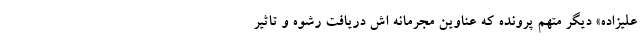
علیزاده» دیگر متهم پرونده که عناوین مجرمانه اش دریافت رشوه و تاثیر